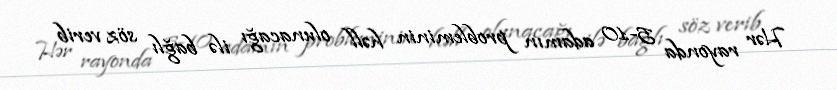
Hər rayonda 5-10 adamın probleminin həll olunacağı ilə bağlı söz verib